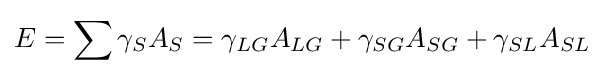
E=\sum \gamma _{S}A_{S}=\gamma _{LG}A_{LG}+\gamma _{SG}A_{SG}+\gamma _{SL}A_{SL}